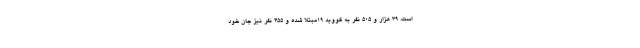
است، ۳۹ هزار و ۵۰۵ نفر به کووید ۱۹مبتلا شده و ۴۵۵ نفر نیز جان خود